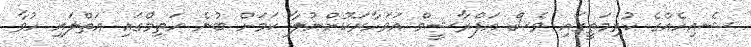
ޝެއިހެއްގެ ކުރިމަތީގައި ވެސް އަފްރާޝީމް އަވަހާރަކޮށްނުލާ ކަމަށް ބުނެ ހަތިމްގައި އަތްލައި ހުވާ